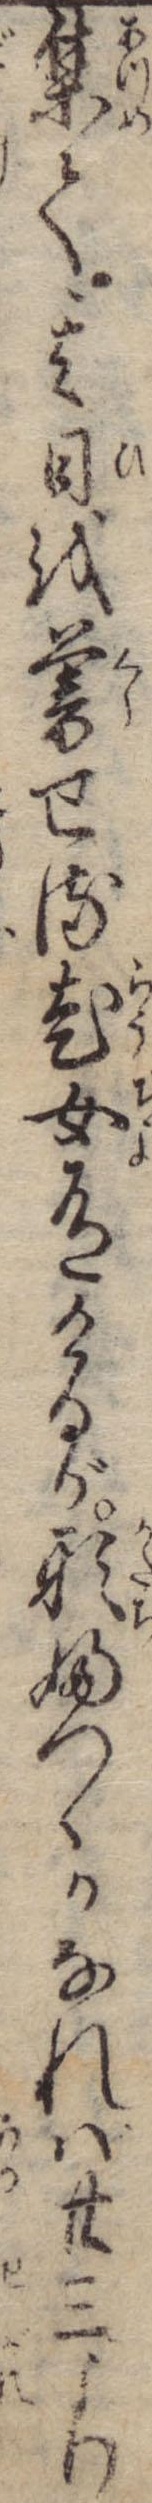
集て其日を暮せる老女有けるが形ふつゝかなれば廿三より